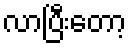
လာပြီးတော့